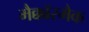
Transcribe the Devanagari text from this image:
मैक्कॉरमैक